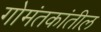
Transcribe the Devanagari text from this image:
गोमंतकांतील